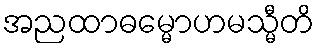
အညထာဓမ္မောဟမသ္မီတိ